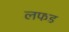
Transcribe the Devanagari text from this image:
लफड